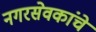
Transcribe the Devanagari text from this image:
नगरसेवकांचे